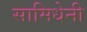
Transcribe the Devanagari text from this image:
सामिधेनी